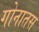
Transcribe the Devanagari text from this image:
गोनातस